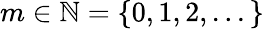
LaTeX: m\in\mathbb{N}=\{ 0,1,2,...\}